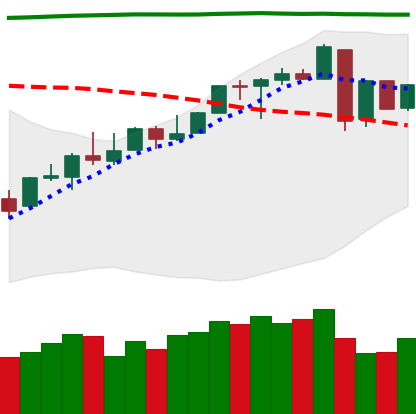
Ticker: LINK-USD
Chart end date: 2018-04-28
Forward return: 17.172%
Label: up_7plus